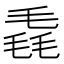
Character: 毳